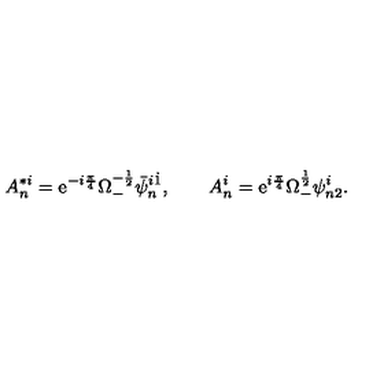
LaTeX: A _ { n } ^ { * i } = \mathrm { e } ^ { - i { \frac { \pi } { 4 } } } \Omega _ { - } ^ { - { \frac { 1 } { 2 } } } \bar { \psi } _ { n } ^ { i \dot { 1 } } , \qquad A _ { n } ^ { i } = \mathrm { e } ^ { i { \frac { \pi } { 4 } } } \Omega _ { - } ^ { { \frac { 1 } { 2 } } } \psi _ { n 2 } ^ { i } .